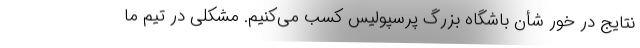
نتایج در خور شأن باشگاه بزرگ پرسپولیس کسب می‌کنیم. مشکلی در تیم ما